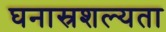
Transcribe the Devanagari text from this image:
घनास्रशल्यता